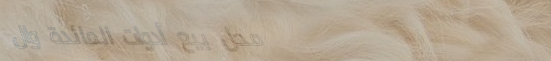
محل بيع أدوات المائدة وال